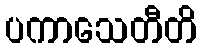
ပကာသေတီတိ